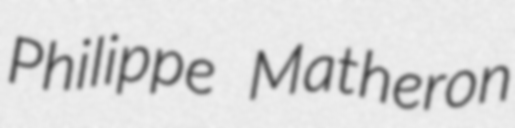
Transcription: Philippe Matheron